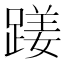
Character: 𨃇